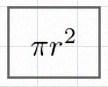
\pi r^2